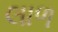
લાળ